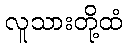
လူသားတို့ထံ